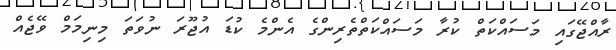
ރާއްޖޭގައި މަސައްކަތް ކުރާ މަސައްކަތްތެރިންގެ އެންމެ ކުޑަ އުޖޫރަ ނުވަތަ މިނިމަމް ވޭޖެއް